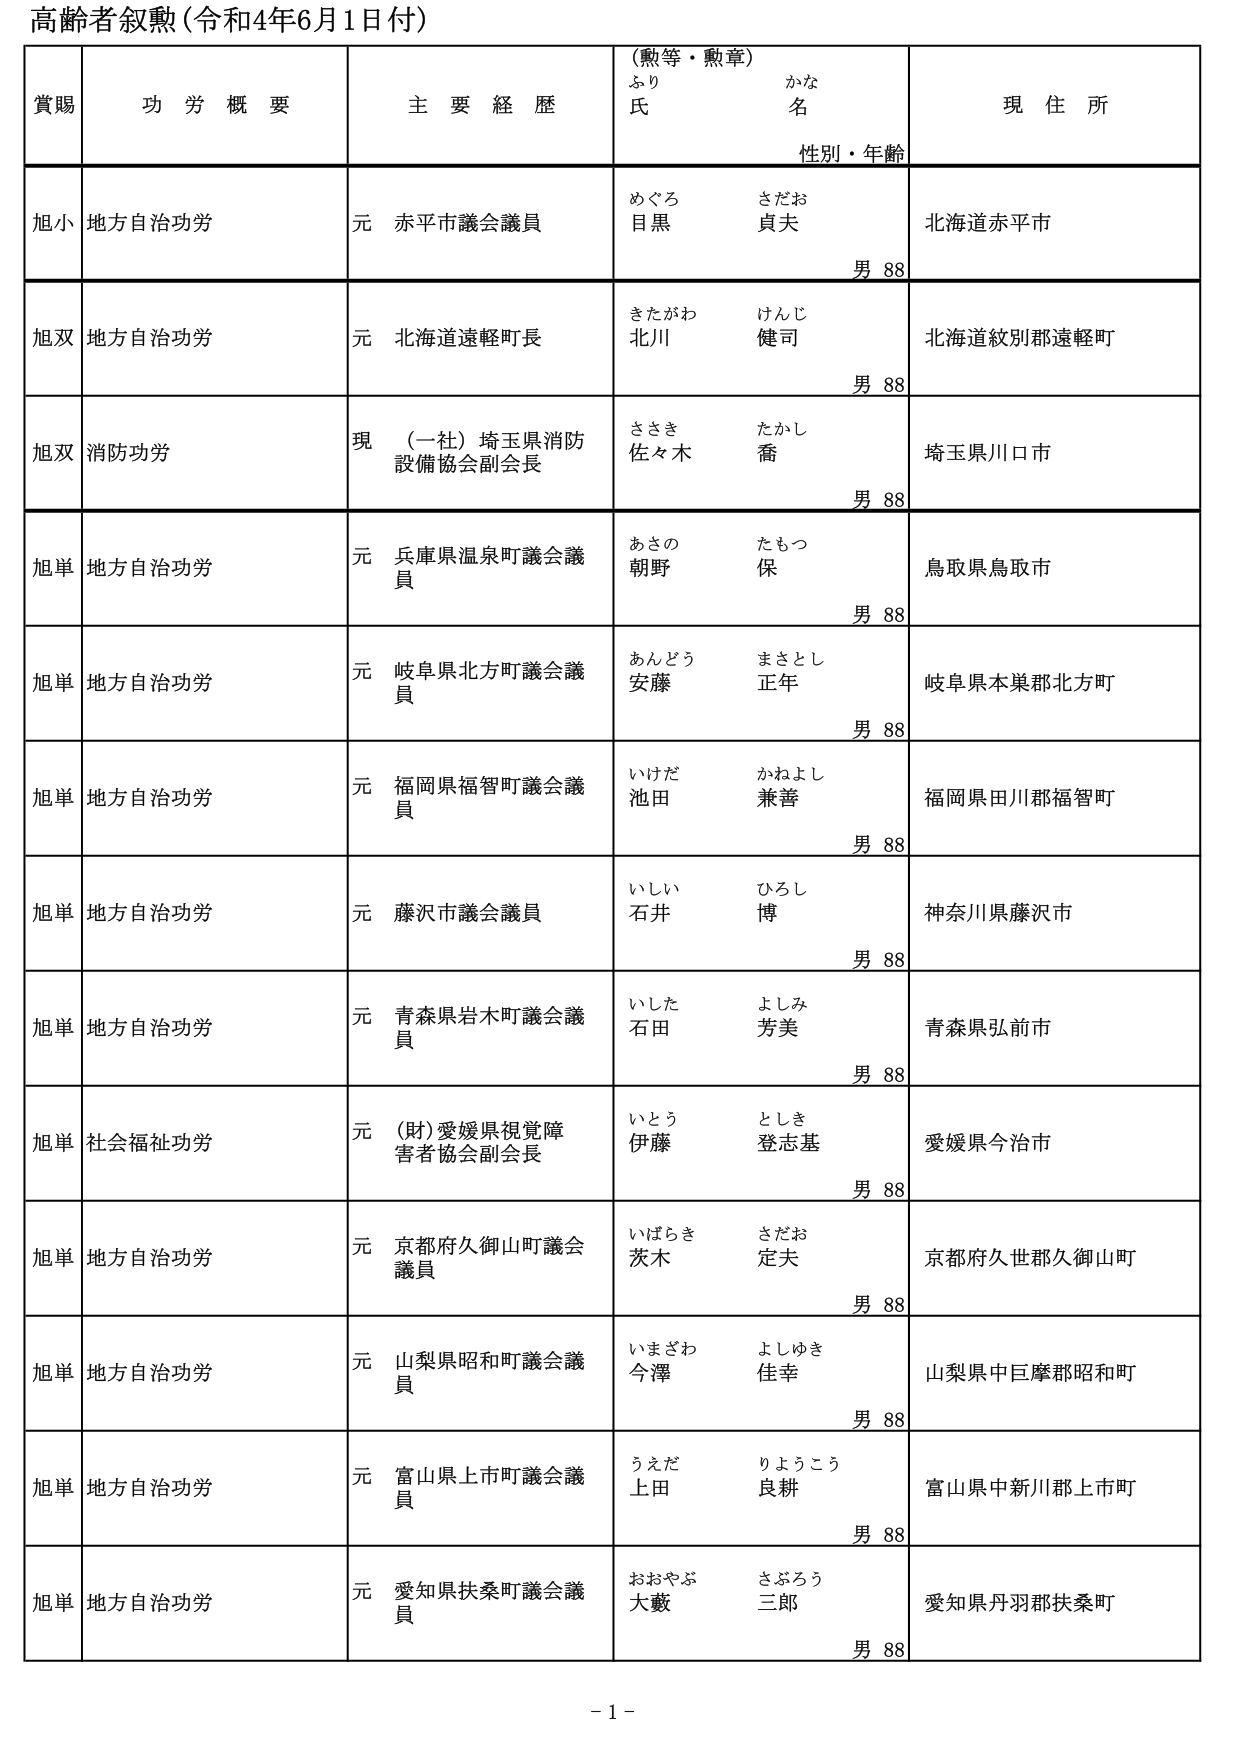
高齢者叙勲（令和4年6月1日付）

賞賜　　功労概要　　主要経歴　　（勲等・勲章）　　現住所
　　　　　　　　　　　　　　ふりがな　　氏名　　性別・年齢

旭小　地方自治功労　　元 赤平市議会議員　　めぐろ　さだお　　目黒　貞夫　　男 88　　北海道赤平市

旭双　地方自治功労　　元 北海道遠軽町長　　きたがわ　けんじ　　北川　健司　　男 88　　北海道紋別郡遠軽町

旭双　消防功労　　現 （一社）埼玉県消防設備協会副会長　　ささき　たかし　　佐々木　喬　　男 88　　埼玉県川口市

旭単　地方自治功労　　元 兵庫県温泉町議会議員　　あさの　たもつ　　朝野　保　　男 88　　鳥取県鳥取市

旭単　地方自治功労　　元 岐阜県北方町議会議員　　あんどう　まさとし　　安藤　正年　　男 88　　岐阜県本巣郡北方町

旭単　地方自治功労　　元 福岡県福智町議会議員　　いけだ　かねよし　　池田　兼善　　男 88　　福岡県田川郡福智町

旭単　地方自治功労　　元 藤沢市議会議員　　いしい　ひろし　　石井　博　　男 88　　神奈川県藤沢市

旭単　地方自治功労　　元 青森県岩木町議会議員　　いした　よしみ　　石田　芳美　　男 88　　青森県弘前市

旭単　社会福祉功労　　元 （財）愛媛県視覚障害者協会副会長　　いとう　としき　　伊藤　登志基　　男 88　　愛媛県今治市

旭単　地方自治功労　　元 京都府久御山町議会議員　　いばらき　さだお　　茨木　定夫　　男 88　　京都府久世郡久御山町

旭単　地方自治功労　　元 山梨県昭和町議会議員　　いまざわ　よしゆき　　今澤　佳幸　　男 88　　山梨県中巨摩郡昭和町

旭単　地方自治功労　　元 富山県上市町議会議員　　うえだ　りようこう　　上田　良耕　　男 88　　富山県中新川郡上市町

旭単　地方自治功労　　元 愛知県扶桑町議会議員　　おおやぶ　さぶろう　　大藪　三郎　　男 88　　愛知県丹羽郡扶桑町

- 1 -